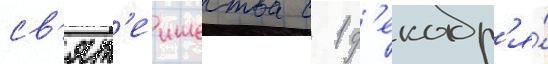
св'ят'еишества с 1 д'екабр'я́